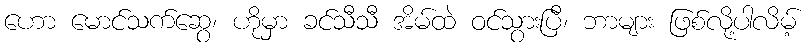
ဟော မောင်သက်ဆွေ၊ ဟိုမှာ ခင်သီသီ အိမ်ထဲ ဝင်သွားပြီ၊ ဘာများ ဖြစ်လို့ပါလိမ့်